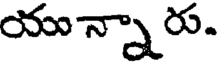
యున్నారు.